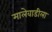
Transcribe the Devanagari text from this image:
मालेवाडीला